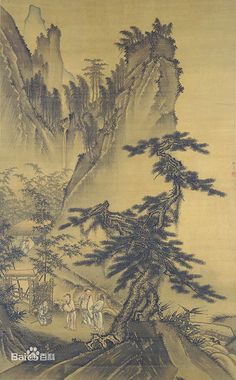
萧萧梧叶送寒声，江上秋风动客情。